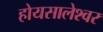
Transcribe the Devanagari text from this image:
होयसालेश्वर